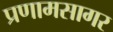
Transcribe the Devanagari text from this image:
प्रणामसागर